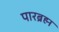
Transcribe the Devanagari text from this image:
पारब्रह्म